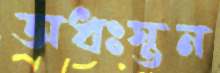
অধঃস্তন